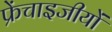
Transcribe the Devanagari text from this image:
फ्रेंचाइजीयों